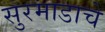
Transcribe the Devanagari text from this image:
सुरमाडाचे